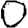
Digit: 0